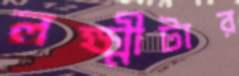
লক্ষ্মীটার